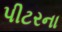
પીટરના